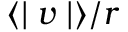
\langle \mid v \mid \rangle / r